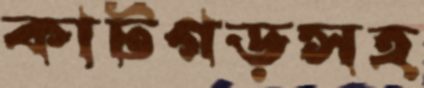
কাটগড়সহ